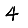
Digit: 4